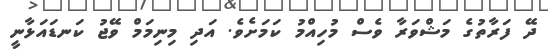
ދޭ ފަރާތުގެ މަޝްވަރާ ވެސް މުހިއްމު ކަމަށެވެ. އަދި މިނިމަމް ވޭޖު ކަނޑައަޅާނީ